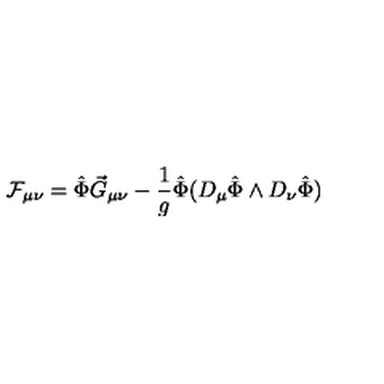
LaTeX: { \cal F } _ { \mu \nu } = \hat { \Phi } \vec { G } _ { \mu \nu } - \frac { 1 } { g } \hat { \Phi } ( D _ { \mu } \hat { \Phi } \wedge D _ { \nu } \hat { \Phi } )